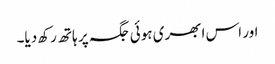
اور اس ابھری ہوئی جگہ پر ہاتھ رکھ دیا۔